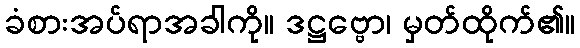
ခံစားအပ်ရာအခါကို။ ဒဋ္ဌဗ္ဗော၊ မှတ်ထိုက်၏။